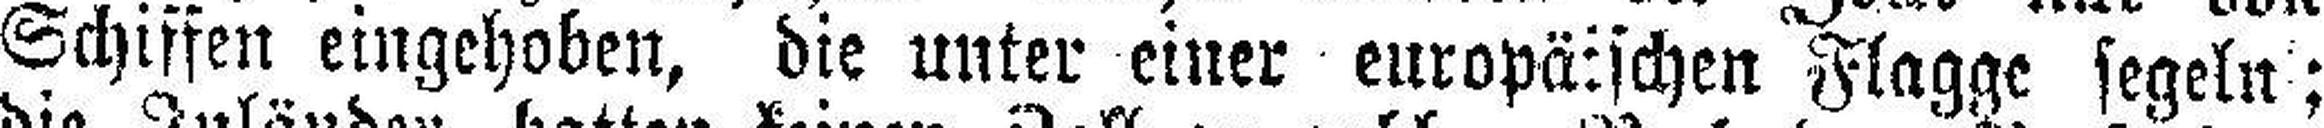
Schiffen eingehoben, die unter einer europäischen Flagge segeln;